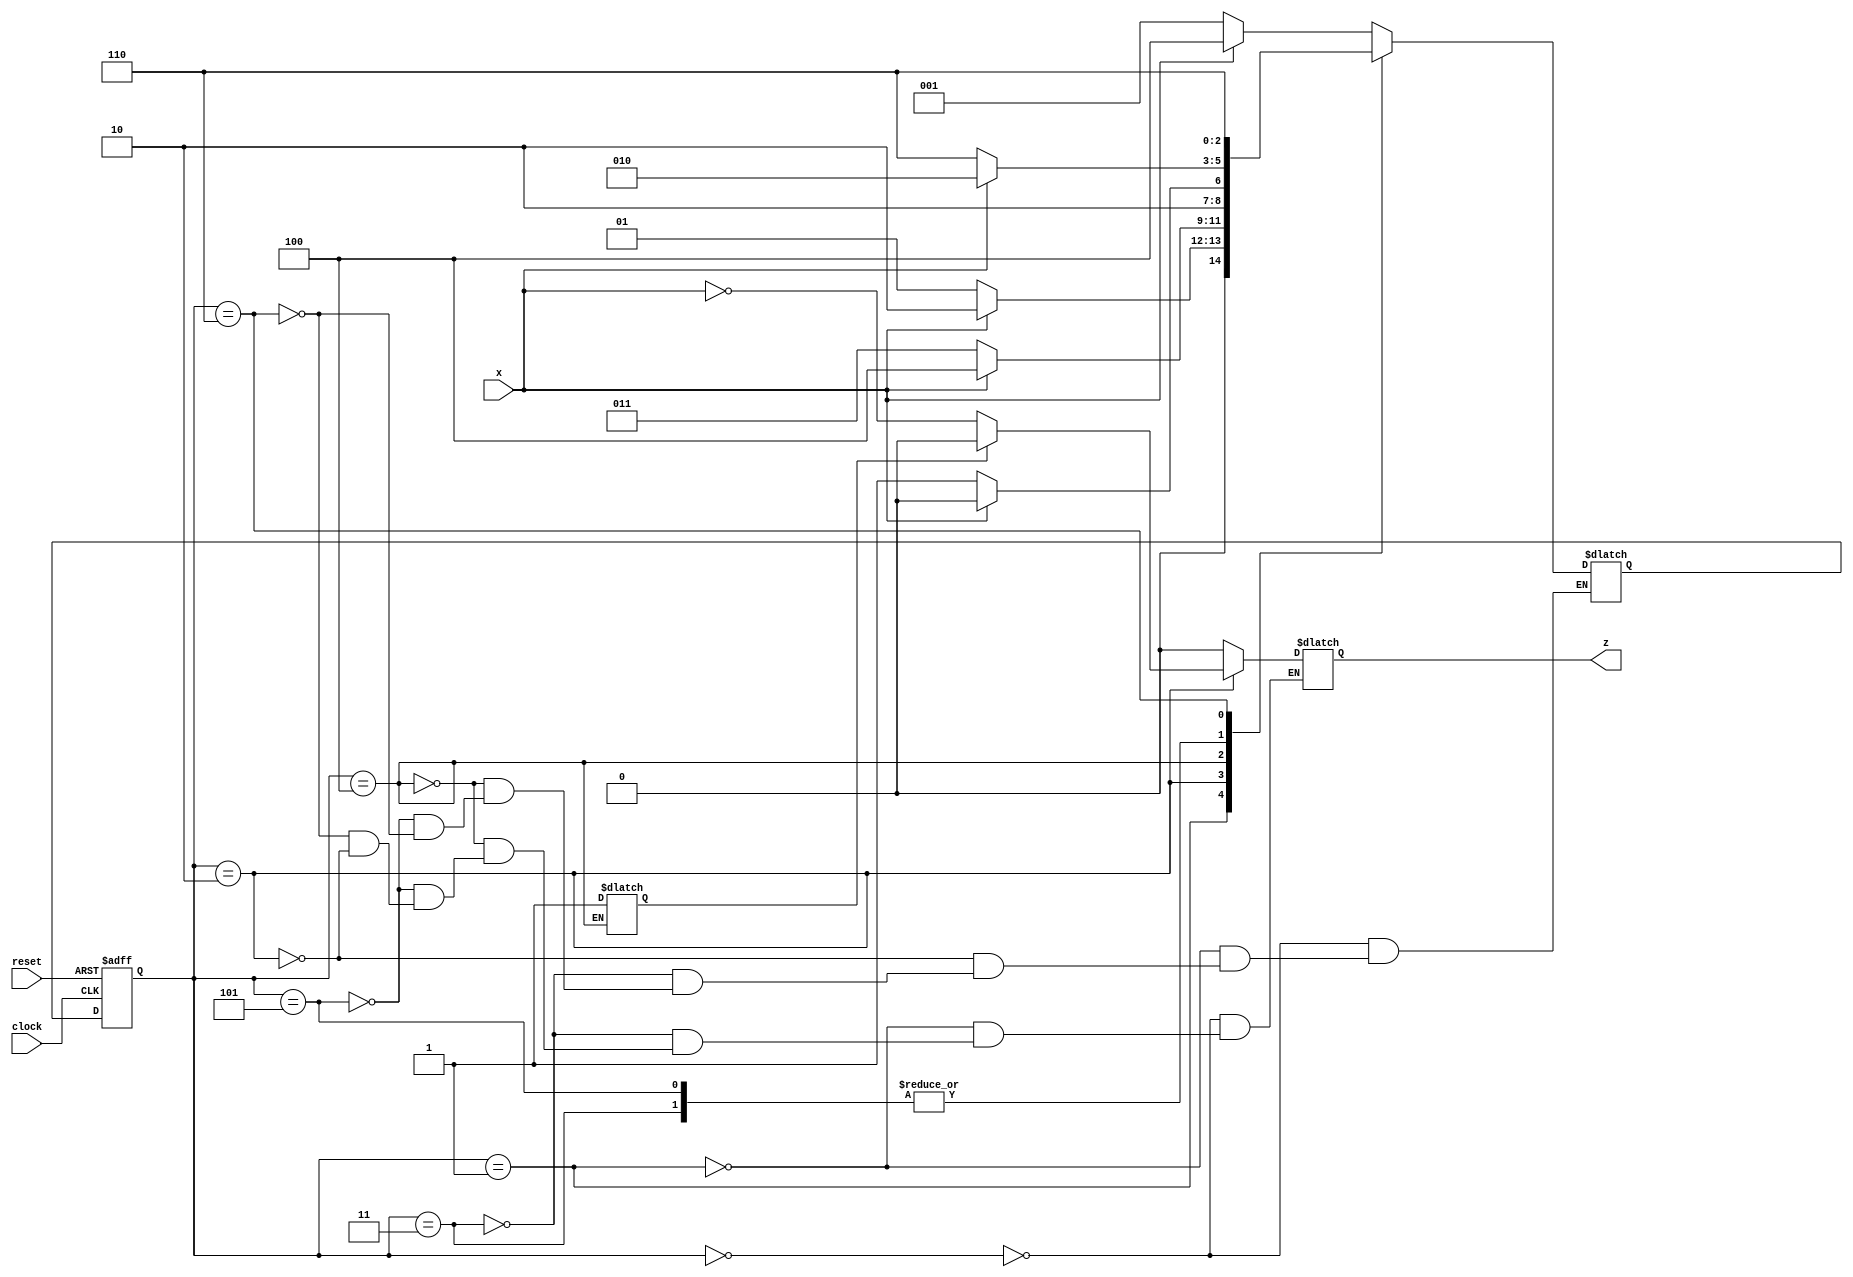
module try (input x, clock, reset, output reg z);

    reg key;
    reg[2:0] state, next_state;
    parameter S0=3'b000, S1=3'b001, S2=3'b010,  S3=3'b011, S4=3'b100, S5=3'b101, S6=3'b110;

    initial
        begin 
            key <= 0;
        end
    
    //Form state transition-- State Register
    always @(posedge clock, negedge reset)
        if(reset==0) state <= S0; //Active-Low
        else state <= next_state;

    //Form the next state-- Next State Combinational Logic
    always @(state, x, key)
        case(state)
            S0: if(x) next_state = S4; else next_state = S1;
            S1: if(x) next_state = S2; else next_state = S1;
            S2: if(x) next_state = S4; else next_state = S3;
            S3: if(x) next_state = S2; else next_state = S6;
            S4: begin 
                    key = 1;
                    if(x) next_state = S4; 
                    else next_state = S5; 
                end
            S5: if(x) next_state = S2; else next_state = S6;
            S6: if(x) next_state = S6; else next_state = S6;
        endcase

    //Form the output-- Output Combinational Logic
    always @(state, x)
        case(state)
            S0: z = 0;
            S1: z = 0;
            S3: z = 0;
            S4: z = 0;
            S5: z = 0;
            S6: z = 0;
            S2: if(key) z = 0; else z = ~x;
        endcase

endmodule